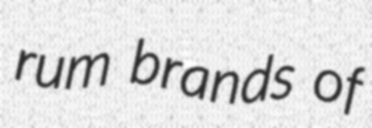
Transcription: rum brands of